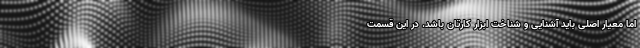
اما معیار اصلی باید آشنایی و شناخت ابزار کارتان باشد. در این قسمت